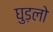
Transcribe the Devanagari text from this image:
घुड़लो